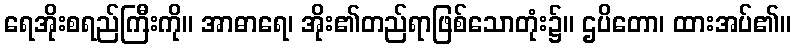
ရေအိုးစရည်ကြီးကို။ အာဓာရေ၊ အိုး၏တည်ရာဖြစ်သောတုံး၌။ ဌပိတော၊ ထားအပ်၏။